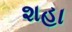
શહા